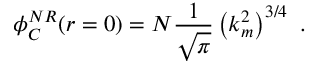
\phi _ { C } ^ { N R } ( r = 0 ) = N \frac { 1 } { \sqrt { \pi } } \left( k _ { m } ^ { 2 } \right) ^ { 3 / 4 } \mathrm { ~ . }